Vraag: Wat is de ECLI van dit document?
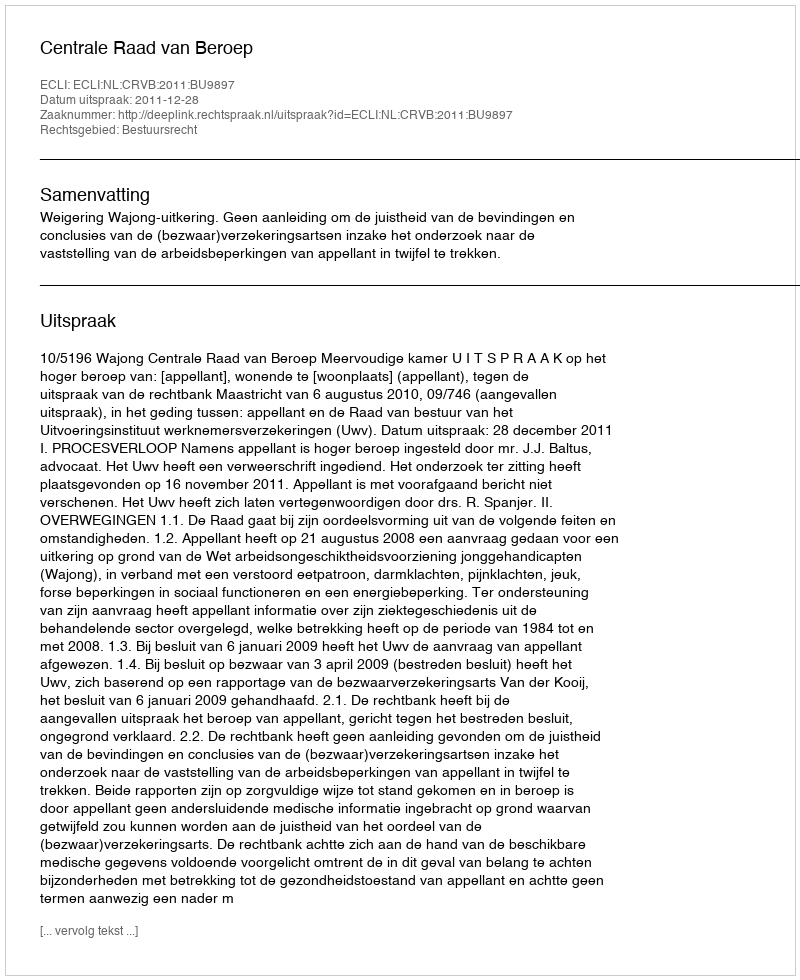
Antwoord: ECLI:NL:CRVB:2011:BU9897